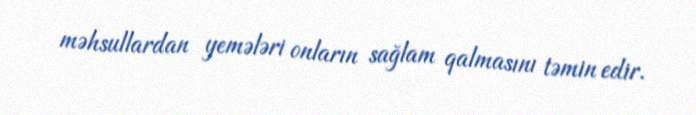
məhsullardan yemələri onların sağlam qalmasını təmin edir.